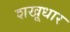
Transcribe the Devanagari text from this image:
शखूधार